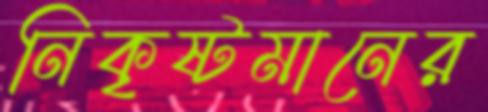
নিকৃষ্টমানের